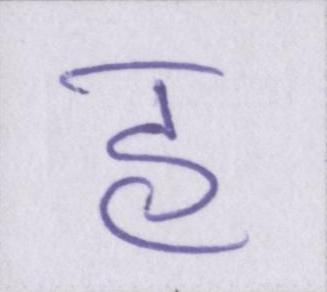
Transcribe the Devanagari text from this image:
हु